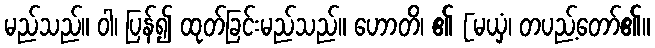
မည်သည်။ ဝါ၊ ပြန်၍ ထုတ်ခြင်းမည်သည်။ ဟောတိ၊ ၏ [မယှံ၊ တပည့်တော်၏။